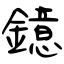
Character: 鐿